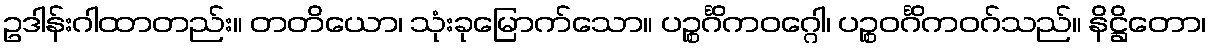
ဥဒါန်းဂါထာတည်း။ တတိယော၊ သုံးခုမြောက်သော။ ပဉ္စင်္ဂိကဝဂ္ဂေါ၊ ပဉ္စဝင်္ဂိကဝဂ်သည်။ နိဋ္ဌိတော၊